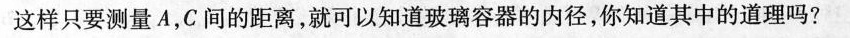
这样只要测量A，C间的距离，就可以知道玻璃容器的内径，你知道其中的道理吗?